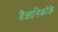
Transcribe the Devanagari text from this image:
वैज्ञानिकोंके